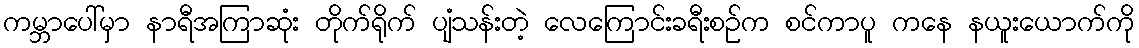
ကမ္ဘာပေါ်မှာ နာရီအကြာဆုံး တိုက်ရိုက် ပျံသန်းတဲ့ လေကြောင်းခရီးစဉ်က စင်ကာပူ ကနေ နယူးယောက်ကို